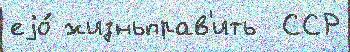
еjо́ жизньправ'ить  ССР